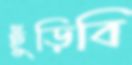
ছুঁড়িবি